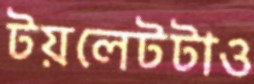
টয়লেটটাও